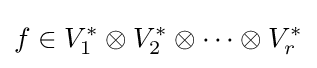
f\in V_{1}^{*}\otimes V_{2}^{*}\otimes \cdots \otimes V_{r}^{*}